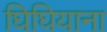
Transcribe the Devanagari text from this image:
घिघियाना